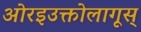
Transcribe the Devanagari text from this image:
ओरइउक्तोलागूस्